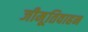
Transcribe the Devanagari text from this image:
जीमूतिवाहन